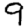
Digit: 9